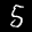
Label: 5